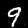
Label: 9